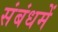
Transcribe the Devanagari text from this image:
संबंधमें